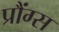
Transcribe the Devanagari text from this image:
प्रौंग्स